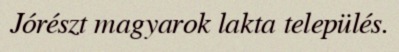
Jórészt magyarok lakta település.